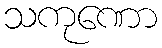
သကုဏော